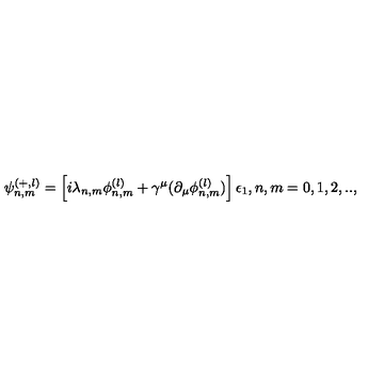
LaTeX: \psi _ { n , m } ^ { ( + , l ) } = \left[ i \lambda _ { n , m } \phi _ { n , m } ^ { ( l ) } + \gamma ^ { \mu } ( \partial _ { \mu } \phi _ { n , m } ^ { ( l ) } ) \right] \epsilon _ { 1 } , n , m = 0 , 1 , 2 , . . ,